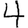
Digit: 4